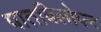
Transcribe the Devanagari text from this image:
पातविलोपन